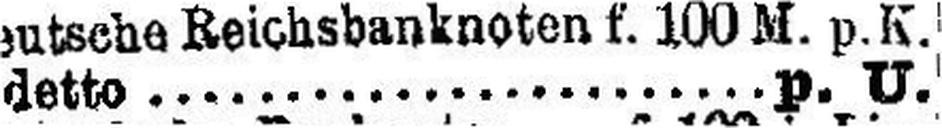
detto p. U.